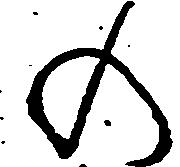
の